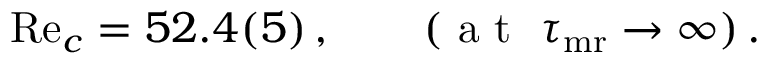
\begin{array} { r } { \mathrm { R e } _ { c } = 5 2 . 4 ( 5 ) \, , \qquad ( { \textrm { a t } \ } \tau _ { { \mathrm { m r } } } \to \infty ) \, . } \end{array}